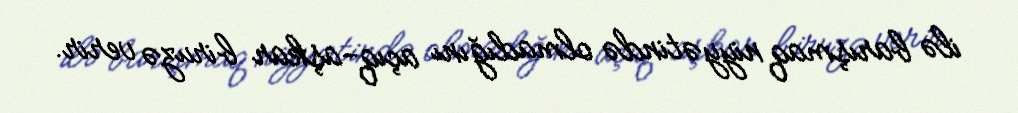
ilə barışmaq niyyətində olmadığını açıq-aşkar biruzə verir.